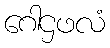
ဂေါဌဖလံ